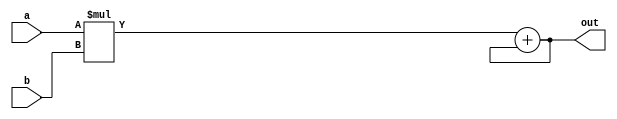
// This program was cloned from: https://github.com/chipsalliance/yosys-f4pga-plugins
// License: Apache License 2.0

// Copyright 2020-2022 F4PGA Authors
//
// Licensed under the Apache License, Version 2.0 (the "License");
// you may not use this file except in compliance with the License.
// You may obtain a copy of the License at
//
//     http://www.apache.org/licenses/LICENSE-2.0
//
// Unless required by applicable law or agreed to in writing, software
// distributed under the License is distributed on an "AS IS" BASIS,
// WITHOUT WARRANTIES OR CONDITIONS OF ANY KIND, either express or implied.
// See the License for the specific language governing permissions and
// limitations under the License.
//
// SPDX-License-Identifier: Apache-2.0

module mac_unit (
    a,
    b,
    out
);
  parameter DATA_WIDTH = 16;
  input [DATA_WIDTH - 1 : 0] a, b;
  output [2*DATA_WIDTH - 1 : 0] out;

  assign out = a * b + out;
endmodule